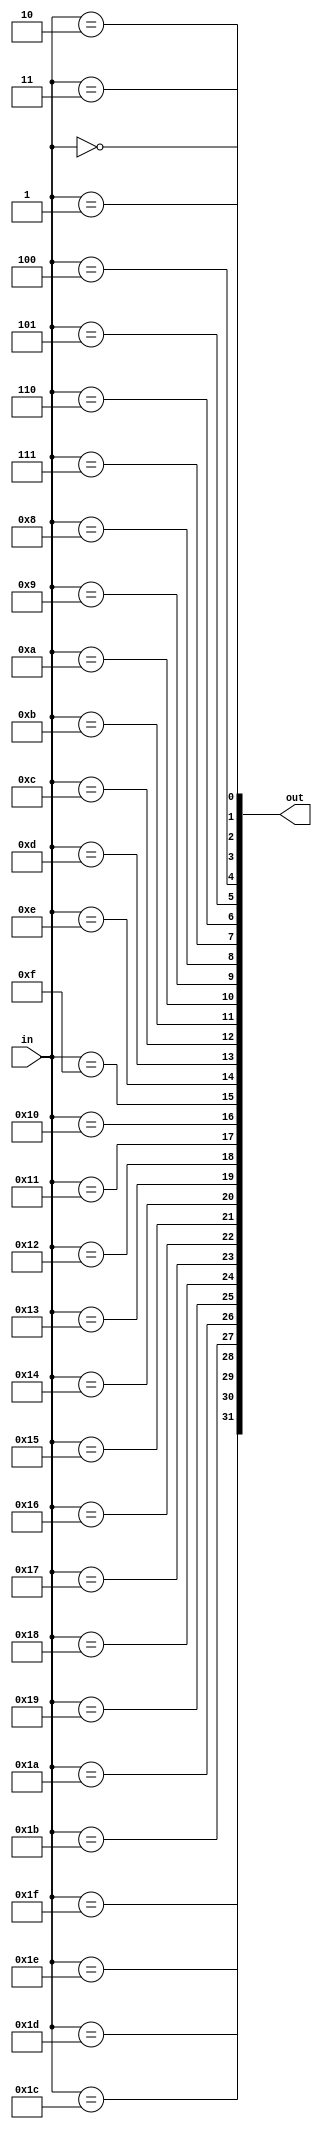
module decoder_5_32(
    input  [ 4:0] in,
    output [31:0] out
);

genvar i;
generate for (i=0; i<32; i=i+1) begin : gen_for_dec_5_32
    assign out[i] = (in == i);
end endgenerate

endmodule


module decoder_6_64(
    input  [ 5:0] in,
    output [63:0] out
);

genvar i;
generate for (i=0; i<64; i=i+1) begin : gen_for_dec_6_64
    assign out[i] = (in == i);
end endgenerate

endmodule